Note on the mental hospitals in Burma - 1925-1940
Year: 1925
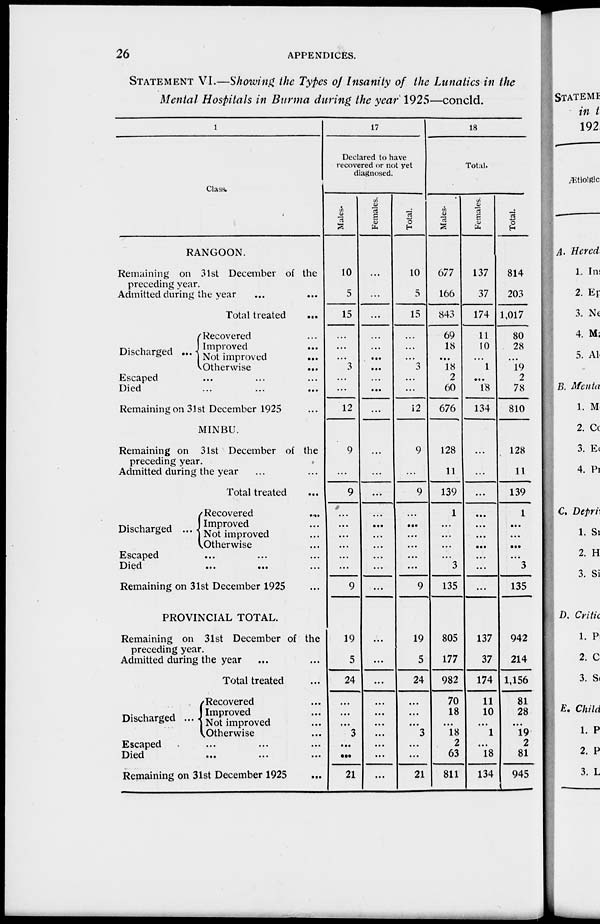
26
APPENDICES.
STATEMENT VI.—Showing the Types of Insanity of the Lunatics in the
Mental Hospitals in Burma during the year 1925—concld.
1
Class.
RANGOON.
Remaining on 31st December of the
preceding year.
Admitted during the year ... ...
Total treated ...
Discharged ...
Recovered ...
Improved ...
Not improved
... ... ...
Otherwise ...
...
Escaped ... ... ...
Died ... ... ...
Remaining on 31st December 1925 ...
MINBU.
Remaining on 31st December of the
preceding year.
Admitted during the year
Total treated ...
Discharged ...
Recovered
...
Improved ...
Not improved ...
Otherwise ...
Escaped ... ... ...
Died
...
...
...
Remaining on 31st December 1925 ...
PROVINCIAL TOTAL.
Remaining on 31st December of the
preceding year.
Admitted during the year ... ... ...
Total treated ...
Discharged ...
Recovered ...
Improved ...
Not improved ...
Otherwise ...
Escaped...
...
...
Died
...
...
...
Remaining on 31st December 1925 ...
17
Declared to have
recovered or not yet
diagnosed.
Males.
10
5
15
...
...
...
3
...
...
12
9
...
9
...
...
...
...
...
...
9
19
5
24
...
...
...
3
...
...
21
Females.
...
...
...
...
...
...
...
...
...
...
...
...
...
...
...
...
...
...
...
...
...
...
...
...
...
...
...
...
...
Total.
10
5
15
...
...
...
3
...
...
12
9
...
9
...
...
...
...
...
...
9
19
5
24
...
...
...
3
...
...
21
18
Total.
Males.
677
166
843
69
18
...
18
2
60
676
128
11
139
1
...
...
...
...
3
135
805
177
982
70
18
...
18
2
63
811
Females.
137
37
174
11
10
...
1
...
18
134
...
...
...
...
...
...
...
...
...
...
137
37
174
11
10
...
1
...
18
134
Total.
814
203
1,017
80
28
...
19
2
78
810
128
11
139
1
...
...
...
...
3
135
942
214
1,156
81
28
...
19
2
81
945